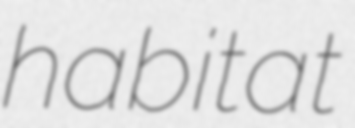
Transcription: habitat